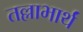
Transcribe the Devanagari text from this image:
तल्लाभार्थं